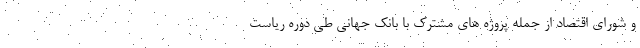
و شورای اقتصاد از جمله پروژه های مشترک با بانک جهانی طی دوره ریاست